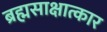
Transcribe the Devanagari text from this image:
ब्रह्मसाक्षात्कार